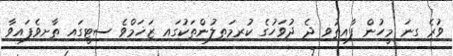
ވުރެ ގިނަ މީހުން ފާއިތުވި ދެ ދުވަހުގެ ކުރިމަތިލުންތަކުގައި ޒަޚަމްވެ ސިޓީގައި ތާށިވެފައިވާ